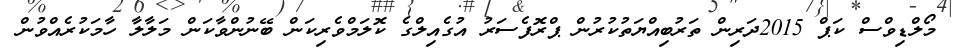
މޯލްޑިވްސް ކަޕް 2015ދަރިން ތަރުބިއްޔަތުކުރުން ޕްރޮފެސަރު އުގެއިލްގެ ކޮލަމްވެރިކަން ބޭނުންވާކަން މަލާލާ ހާމަކުރެއްވުން